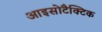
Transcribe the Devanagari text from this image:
आइसोटैक्टिक